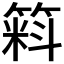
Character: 𱸚